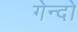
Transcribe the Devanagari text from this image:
गेन्दो